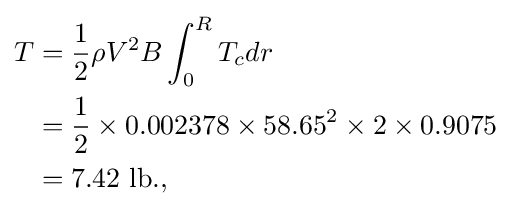
{\begin{aligned}T&={\frac {1}{2}}\rho V^{2}B\int _{0}^{R}T_{c}dr\\&={\frac {1}{2}}\times 0.002378\times 58.65^{2}\times 2\times 0.9075\\&=7.42\ \mathrm {lb.} ,\end{aligned}}